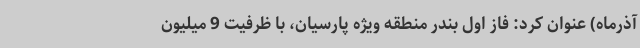
آذرماه) عنوان کرد: فاز اول بندر منطقه ویژه پارسیان، با ظرفیت 9 میلیون